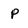
Character: p